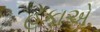
હૂકાએ